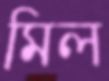
মিল